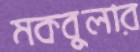
মকবুলার